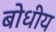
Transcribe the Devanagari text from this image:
बोधीय